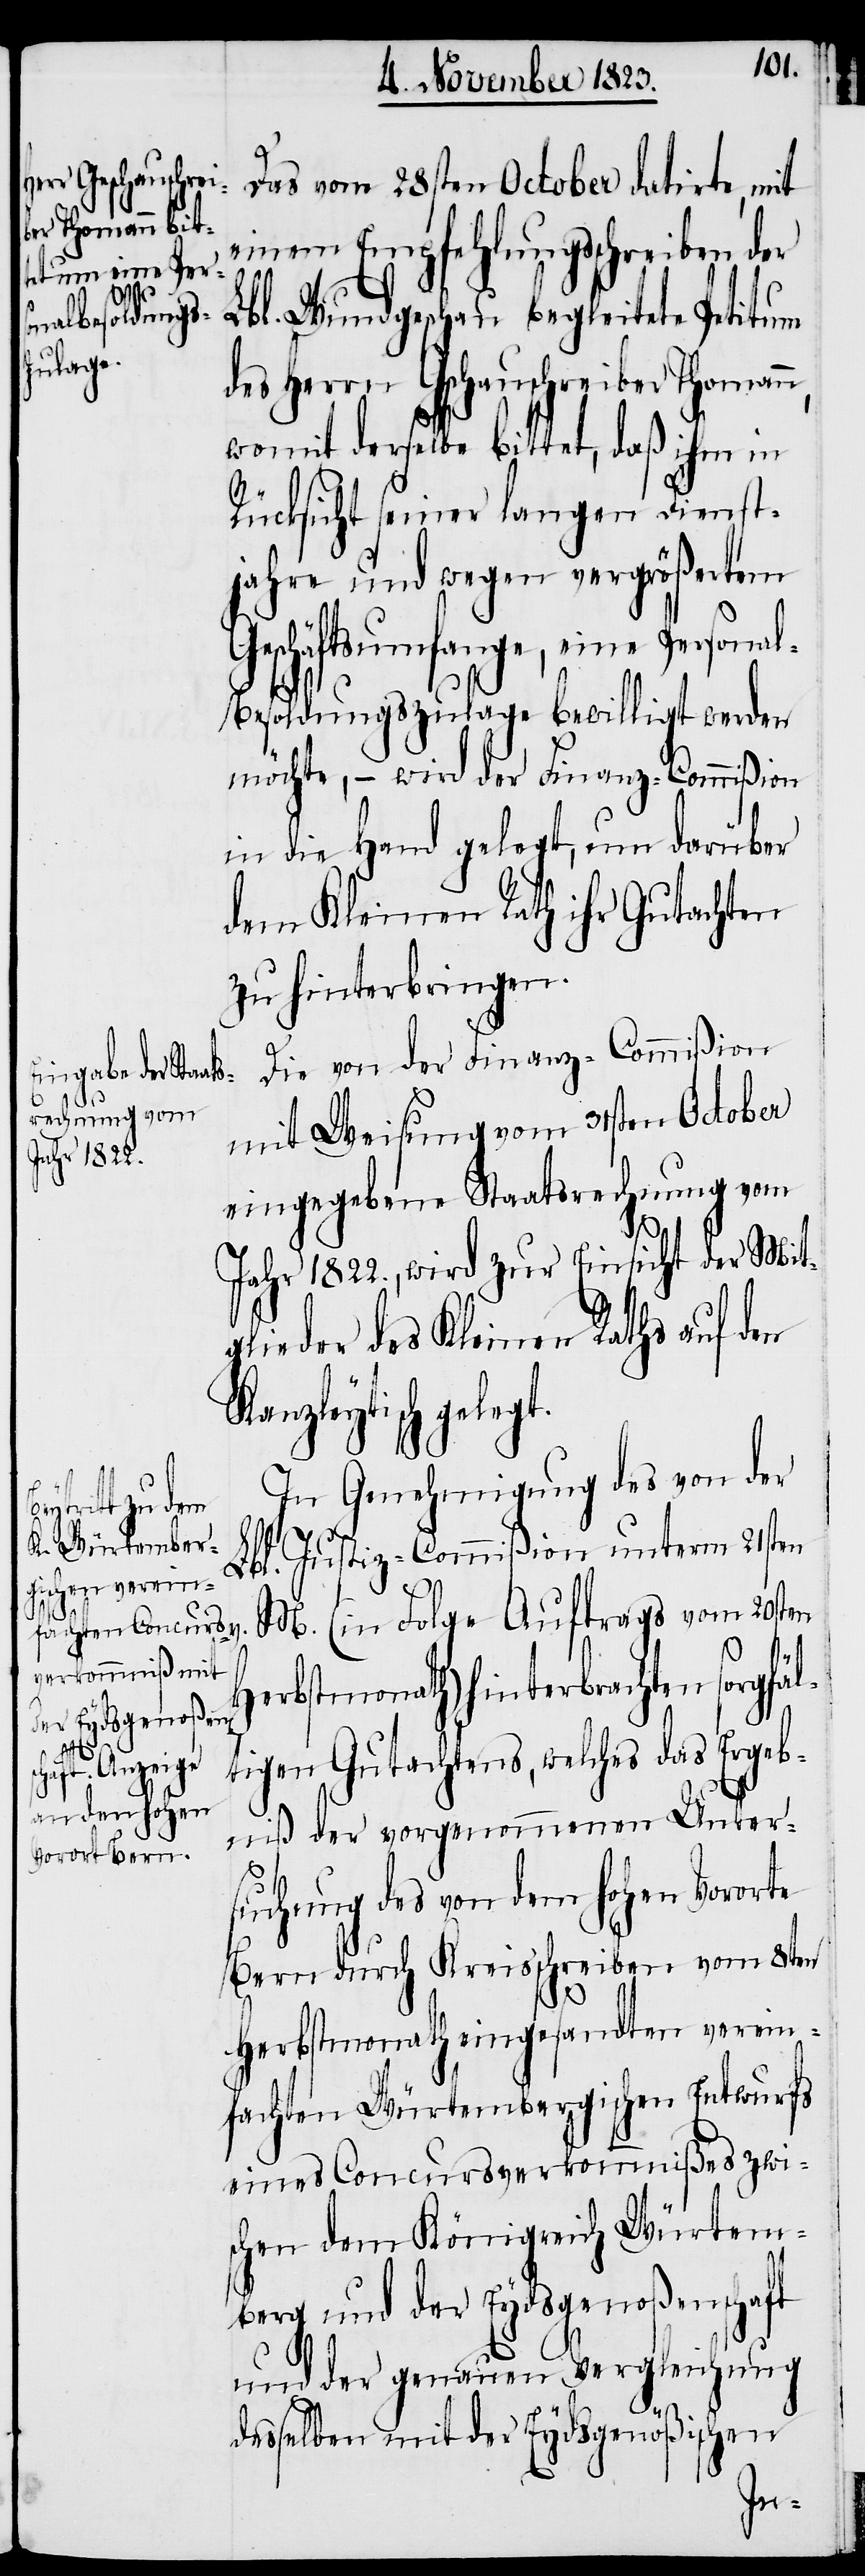
Das vom 28sten October datirte, mit
einem Empfehlungsschreiben der
Lbl. Wundgeschau begleitete Petitum
des Herrn Gschauschreiber Thomann,
womit derselbe bittet, daß ihm in
Rücksicht seiner langen Dienst¬
jahre und wegen vergrößertem
Geschäftsumfange, eine Persona¬
l-Besoldungszulage bewilligt werden
möchte, − wird der Finanz-Commißion
in die Hand gelegt, um darüber
dem Kleinen Rath ihr Gutachten
zu hinterbringen.
Die von der Finanz-Commißion
mit Weisung vom 31sten October
eingegebene Staatsrechnung vom
Jahr 1822., wird zur Einsicht der Mit¬
glieder des Kleinen Raths auf den
Kanzleytisch geleg¬
In Genehmigung des von der
t.
Lbl. Justiz-Commißion unterm 21sten
M. (in Folge Auftrags vom 20sten
Herbstmonath) hinterbrachten sorgfä¬
l¬
tigen Gutachtens, welches das Ergeb¬
niß der vorgenommenen Unter¬
suchung des von dem hohen Vororte
Bern durch Kreisschreiben vom 8ten
Herbstmonath eingesandten verein¬
fachten Würtembergischen Entwurfs
eines Concursverkommnißes zwi¬
schen dem Königreich Würtem¬
berg und der Eydsgenoßenschaft
und der genauen Vergleichung
desselben mit der Eydsgenößischen